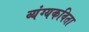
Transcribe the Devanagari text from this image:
व्यंग्यकविता